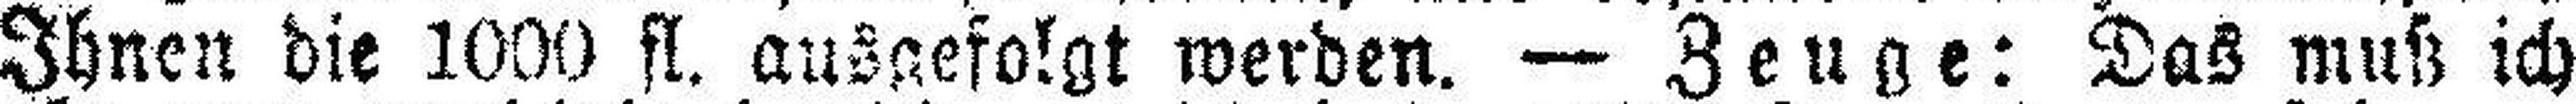
Ihnen die 1000 fl. ausgefolgt werden. — Zeuge: Das muß ich